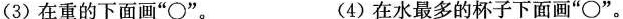
(3)在重的下面画”\circ”。 (4)在水最多的杯子下面画”\circ”。